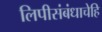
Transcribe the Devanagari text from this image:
लिपीसंबंधाचेहि